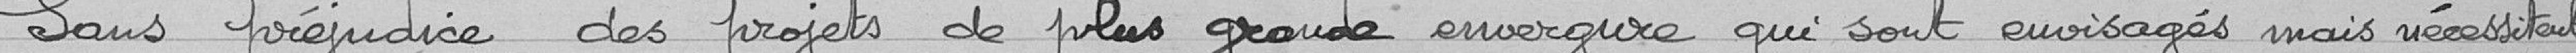
Sans préjudice des projet de plus grande envergure qui sont envisagés mais nécessitant